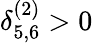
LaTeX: \delta_{5,6}^{(2)}>0